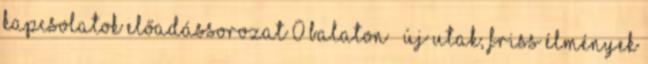
Kapcsolatok előadássorozat 0 Balaton – új utak, friss élmények